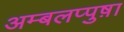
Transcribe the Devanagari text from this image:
अम्बलप्पुष़ा